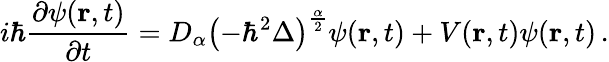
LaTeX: i\hbar{\frac{\partial\psi(\mathbf{r},t)}{\partial t}}=D_{\alpha}\left(-\hbar^{2}\Delta\right)^{\frac{\alpha}{2}}\psi(\mathbf{r},t)+V(\mathbf{r},t)\psi(\mathbf{r},t)\, .